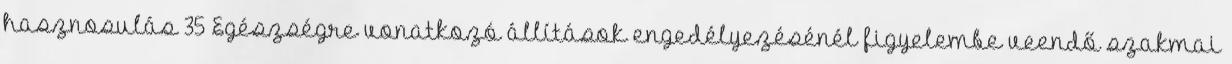
hasznosulás 35 Egészségre vonatkozó állítások engedélyezésénél figyelembe veendő szakmai